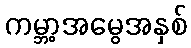
ကမ္ဘာ့အမွေအနှစ်